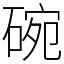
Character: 碗